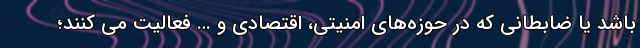
باشد یا ضابطانی که در حوزه‌های امنیتی، اقتصادی و … فعالیت می کنند؛